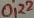
Text: 0,22